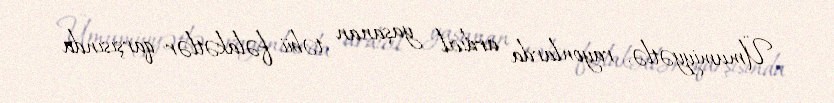
Ümumiyyətlə, rayonlarda ardıcıl yaşanan təbii fəlakətlər qarşısında